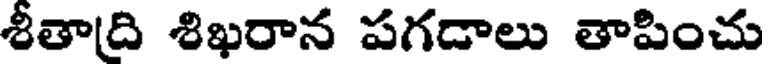
శీతాద్రి శిఖరాన పగడాలు తాపించు